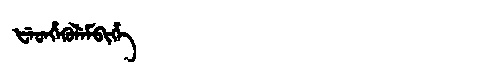
Manchu: ᡶᡝᡨᡥᡝᡴᡠᠯᡝᠮᠪᡳᡥᡝ
Romanization: FETHEKULEMBIHE